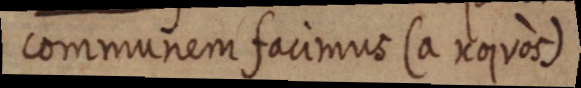
communem facimus (a χοιυos)